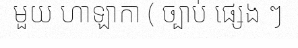
មួយ ហាឡាកា ( ច្បាប់ ផ្សេង ៗ